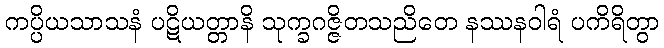
ကပ္ပိယသာသနံ ပဋိယတ္တာနိ သုက္ခဂဇ္ဇိတသညိတေ နဿနဝါရံ ပကိရိတွာ